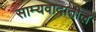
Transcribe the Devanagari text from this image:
साम्यवादातील